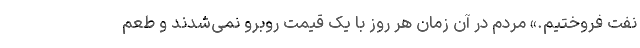
نفت فروختیم.» مردم در آن زمان هر روز با یک قیمت روبرو نمی‌شدند و طعم